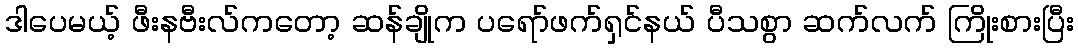
ဒါပေမယ့် ဖီးနဗီးလ်ကတော့ ဆန်ချိုက ပရော်ဖက်ရှင်နယ် ပီသစွာ ဆက်လက် ကြိုးစားပြီး